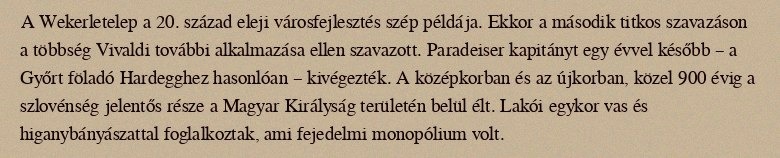
A Wekerletelep a 20. század eleji városfejlesztés szép példája. Ekkor a második titkos szavazáson a többség Vivaldi további alkalmazása ellen szavazott. Paradeiser kapitányt egy évvel később – a Győrt föladó Hardegghez hasonlóan – kivégezték. A középkorban és az újkorban, közel 900 évig a szlovénség jelentős része a Magyar Királyság területén belül élt. Lakói egykor vas és higanybányászattal foglalkoztak, ami fejedelmi monopólium volt.